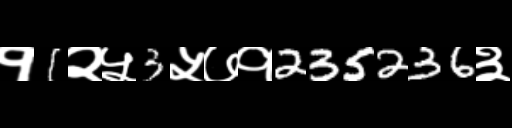
Text: १1२५3५७१235236३